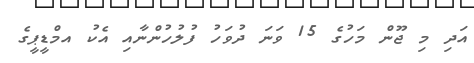
އަދި މި ޖޫން މަހުގެ 15 ވަނަ ދުވަހު ފުލުހުންނާއި އެކު އމްޑީޕީގެ